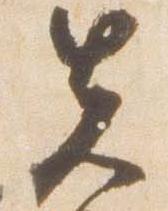
先